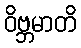
ဝိဗ္ဘမာတိ